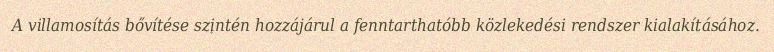
A villamosítás bővítése szintén hozzájárul a fenntarthatóbb közlekedési rendszer kialakításához.